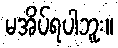
မအိပ်ရပါဘူး။